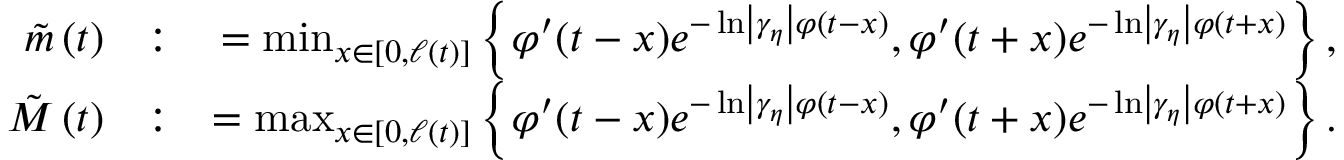
\begin{array} { r l r } { \tilde { m } \left( t \right) } & { : } & { = \operatorname* { m i n } _ { x \in \left[ 0 , \ell \left( t \right) \right] } \left\{ \varphi ^ { \prime } ( t - x ) e ^ { - \ln \left\vert \gamma _ { \eta } \right\vert \varphi ( t - x ) } , \varphi ^ { \prime } ( t + x ) e ^ { - \ln \left\vert \gamma _ { \eta } \right\vert \varphi ( t + x ) } \right\} , } \\ { \tilde { M } \left( t \right) } & { : } & { = \operatorname* { m a x } _ { x \in \left[ 0 , \ell \left( t \right) \right] } \left\{ \varphi ^ { \prime } ( t - x ) e ^ { - \ln \left\vert \gamma _ { \eta } \right\vert \varphi ( t - x ) } , \varphi ^ { \prime } ( t + x ) e ^ { - \ln \left\vert \gamma _ { \eta } \right\vert \varphi ( t + x ) } \right\} . } \end{array}